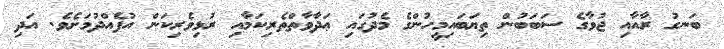
ބަނގު ރާއާއި ޖުވާގެ ސަބަބުން ތިޔަބައިމީހުންގެ މެދުގައި ޢަދާވާތްތެރިކަމާއި ރުޅިވެރިކަން އުފެއްދުމަށެވެ. އަދި